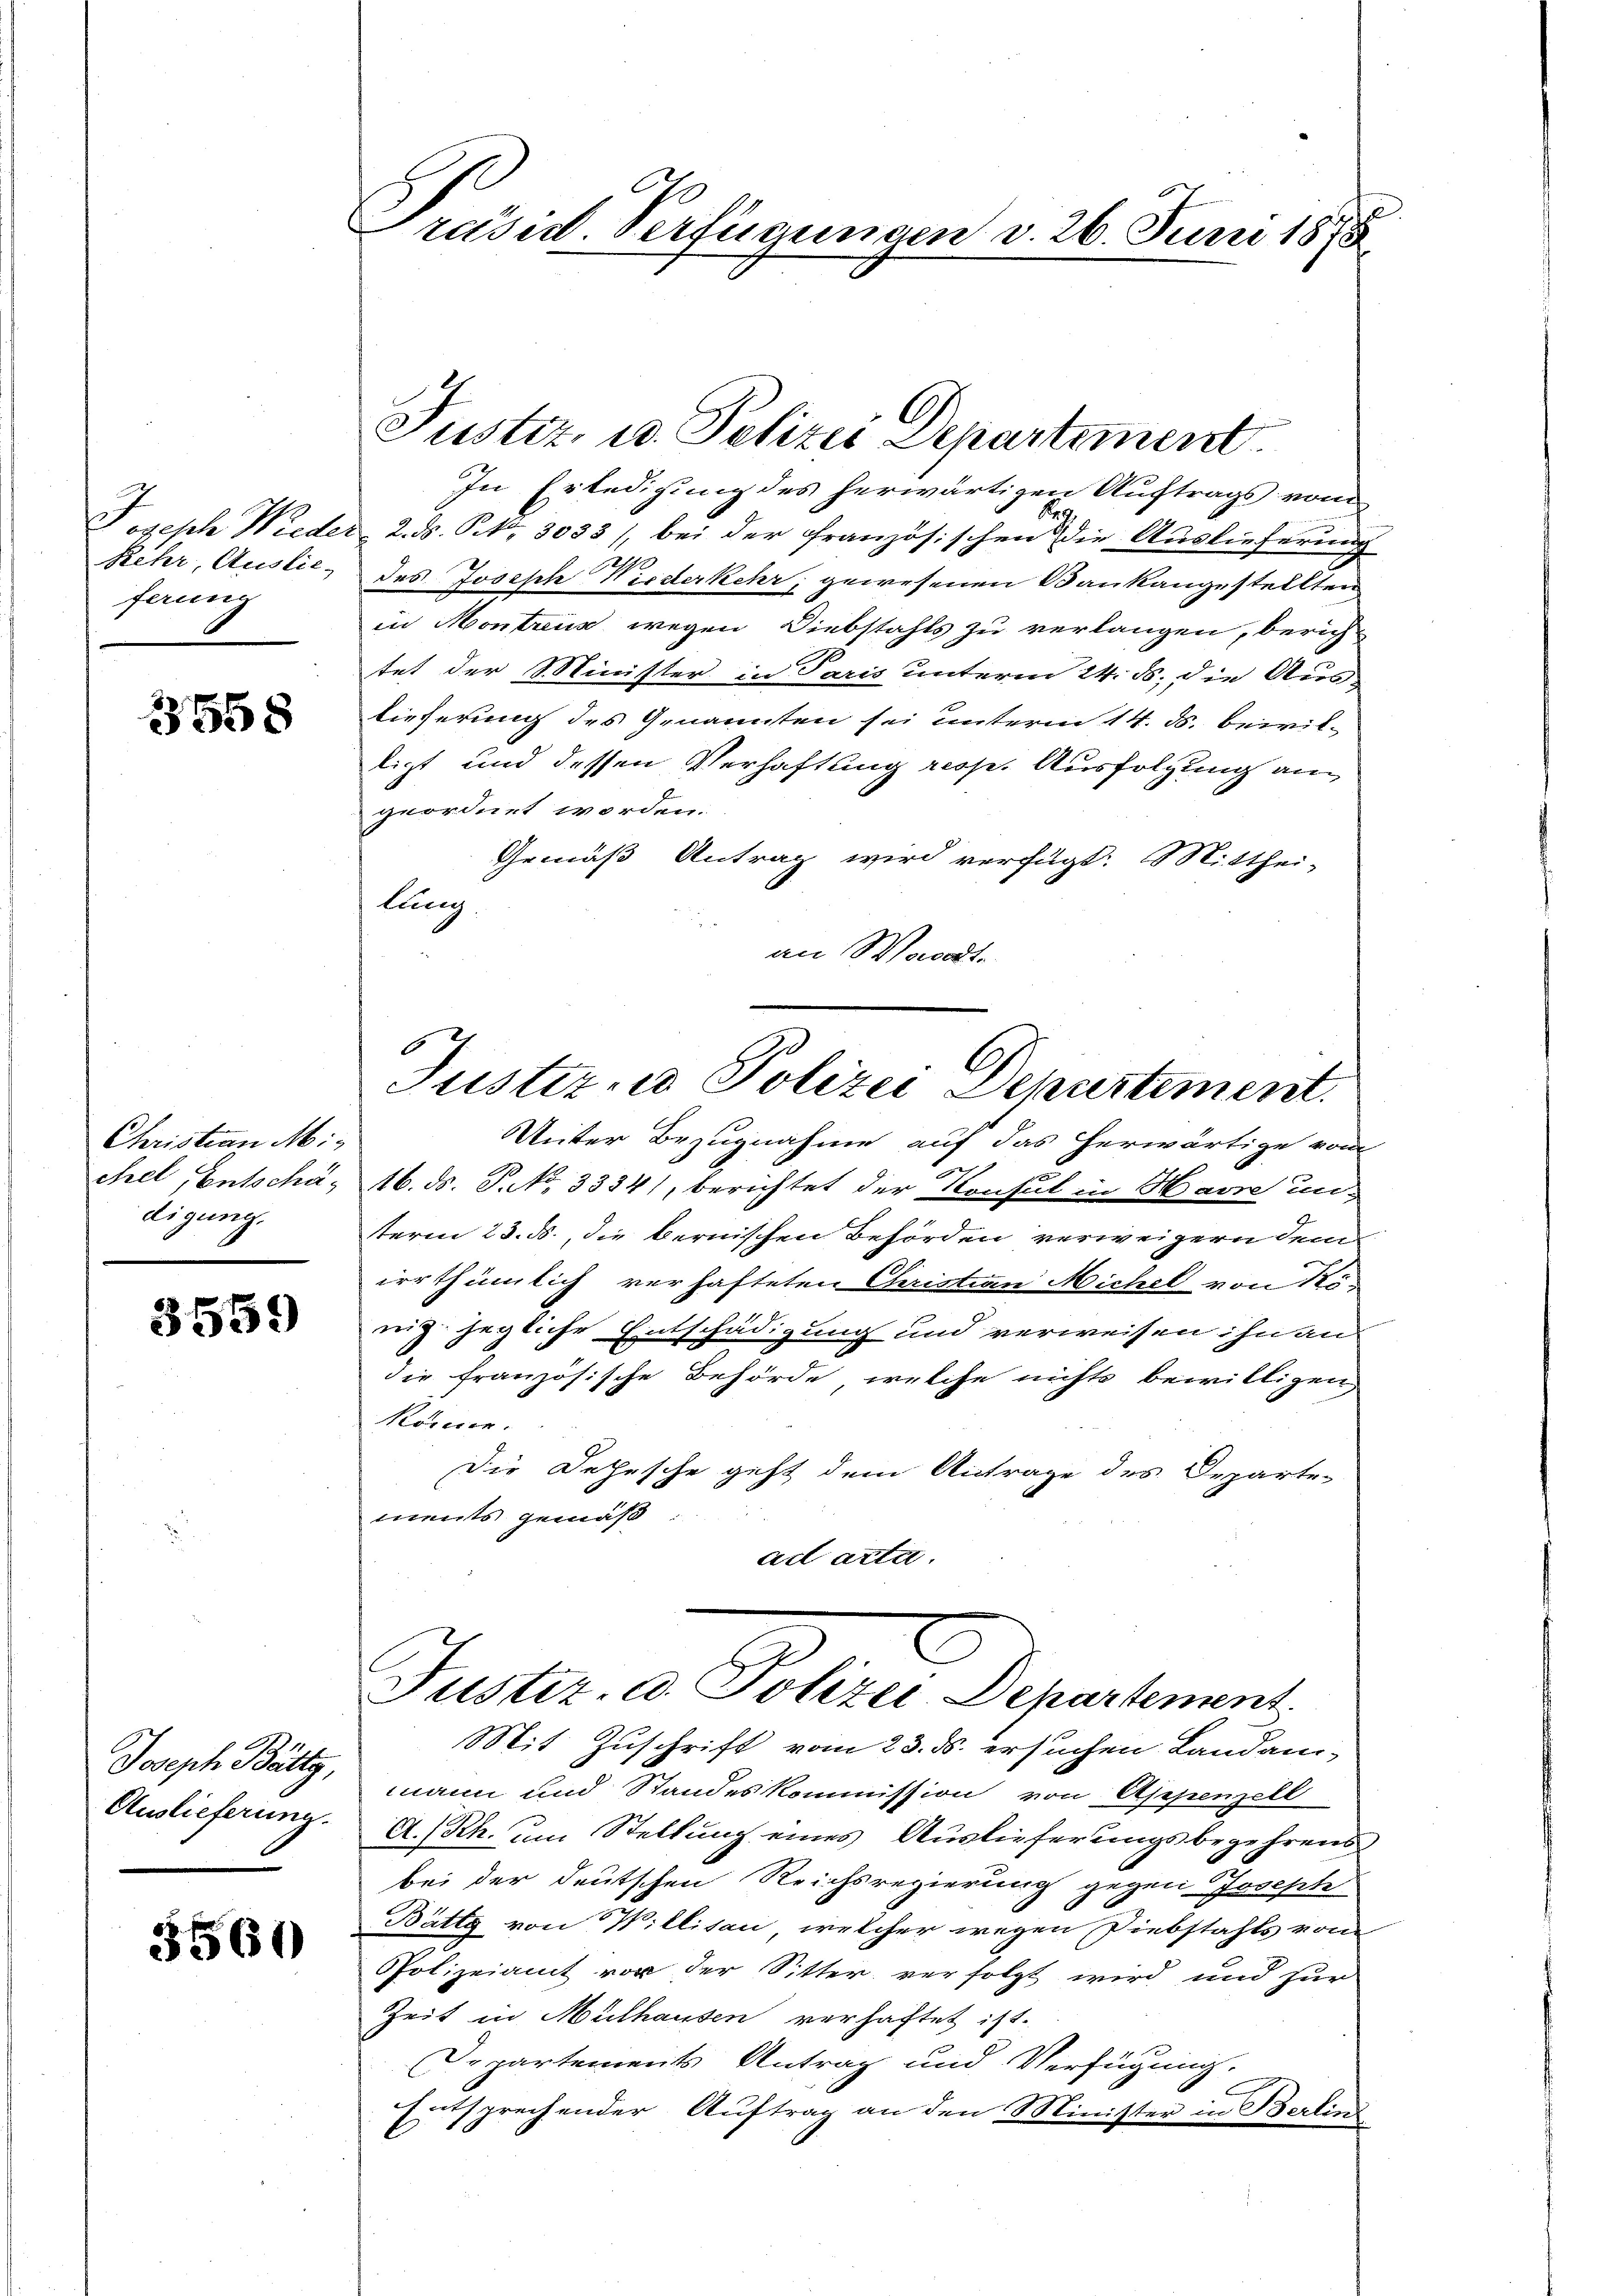
Rehr, Auslie-
ferung

3558

Christian Mi
chel Entschädigung.

3559

Joseph Bättg,
Auslieferung.

3560

Präsid Verfügungen v. 26. Juni 1875

In Erledigung des herwärtigen Auftrags vom
s
Joseph Wieder 2. ds. Bd. 3033), bei der Französischen die Auslieferung
2190
des Joseph Niederkehr, gewesenen Baukangestellten
in Montreus wegen Diebstahls zu verlangen, berich
tet der Minister in Paris unterm 24. ds. die Auslieferung des Genannten sei unterm 14. ds. bewilligt und dessen Verhaftung resp. Ausfolgung an
geordnet worden.
Gemäß Antrag wird verfügt: Mitthei-
lung.
an Wandte

Justiz, u. Polizei Departement

t
Justiz- u Polizei Departement.

Unter Bezugnahme auf das herwärtige vom
16. ds. S. 3334), berichtet der Konsul in Havre unterm 23. ds., die bernischen Behörden verweigern dem
irrthümlich verhafteten Christian Michel von No-
nig jegliche Entschädigung und verweisen ihn an
die französische Behörde, welche nichts bewilligen,
könne.
Die Depesche geht dem Antrage des Departe-
ments gemäß
ad acta.

Puster u. Polizei Departement

Mit Zuschrift vom 23. ds. ersuchen Landan-
mann und Standeskommission von Appenzell
A.Rh. um Stellung eines Auslieferungsbegehrens
bei der deutschen Reichsregierung gegen Prachte
Bätte von Willitan, welcher wegen Diebstahls von
Polizeiamt vor der Sitter verfolgt wird und zur
Zeit in Mülhausen verhaftet ist.
Departements Antrag und Verfügung.
Entsprechender Auftrag an den Minister in Berlin